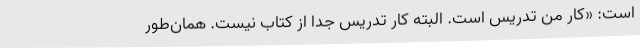
است: ‌«کار من تدریس است. البته کار تدریس جدا از کتاب نیست. همان‌طور